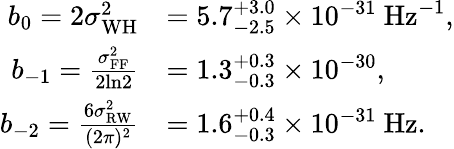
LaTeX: \begin{array}{rl}{b_{0}=2\sigma_{\mathrm{WH}}^{2}}&{=5.7_{-2.5}^{+3.0}\times 10^{-31}~\mathrm{Hz}^{-1},}\\ {b_{-1}=\frac{\sigma_{\mathrm{FF}}^{2}}{2\mathrm{ln}2}}&{=1.3_{-0.3}^{+0.3}\times 10^{-30},}\\ {b_{-2}=\frac{6\sigma_{\mathrm{RW}}^{2}}{(2\pi)^{2}}}&{=1.6_{-0.3}^{+0.4}\times 10^{-31}~\mathrm{Hz}.}\end{array}